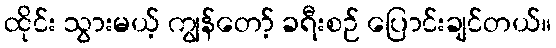
ထိုင်း သွားမယ့် ကျွန်တော့် ခရီးစဉ် ပြောင်းချင်တယ်။